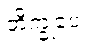
ဘိက္ခုပေ